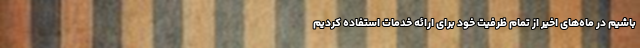
باشیم در ماه‌های اخیر از تمام ظرفیت خود برای ارائه خدمات استفاده کردیم